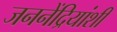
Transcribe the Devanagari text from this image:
जननेंद्रियांशी